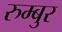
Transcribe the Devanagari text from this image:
रुम्बुर